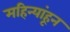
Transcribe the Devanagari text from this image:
महिन्यांहून